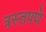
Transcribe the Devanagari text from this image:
त्रस्तपणे